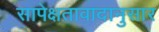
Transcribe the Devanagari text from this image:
सापेक्षतावादानुसार